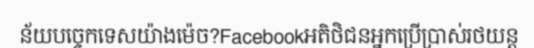
ន័យបច្ចេកទេសយ៉ាងម៉េច?Facebookអតិថិជនអ្នកប្រើប្រាស់រថយន្ត